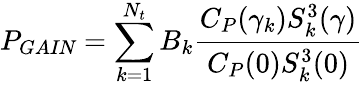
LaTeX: P_{\textit{GAIN}}=\sum_{k=1}^{N_{t}}B_{k}\frac{C_{P}(\gamma_{k})S_{k}^{3}(\mathbf{\gamma})}{C_{P}(0)S_{k}^{3}(0)}